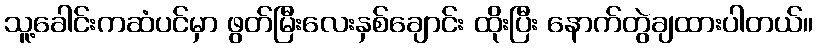
သူ့ခေါင်းကဆံပင်မှာ ဖွတ်မြီးလေးနှစ်ချောင်း ထိုးပြီး နောက်တွဲချထားပါတယ်။